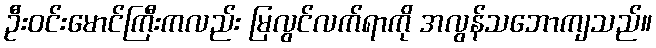
ဦးဝင်းမောင်ကြီးကလည်း မြလွင်လက်ရာကို အလွန်သဘောကျသည်။